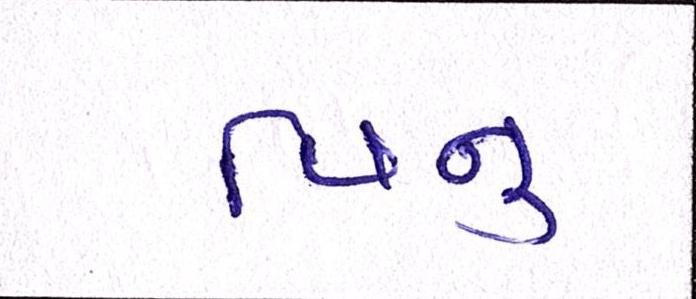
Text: વિનુ